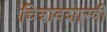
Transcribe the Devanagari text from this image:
चित्रावशास्त्री